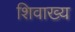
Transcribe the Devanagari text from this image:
शिवाख्य